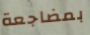
بمضاجعة